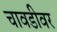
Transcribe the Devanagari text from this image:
चावडीवर